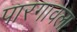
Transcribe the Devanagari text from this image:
पारगावला